Vital statistics of India. Vol. VI, European troops 1870-79
Year: 1870
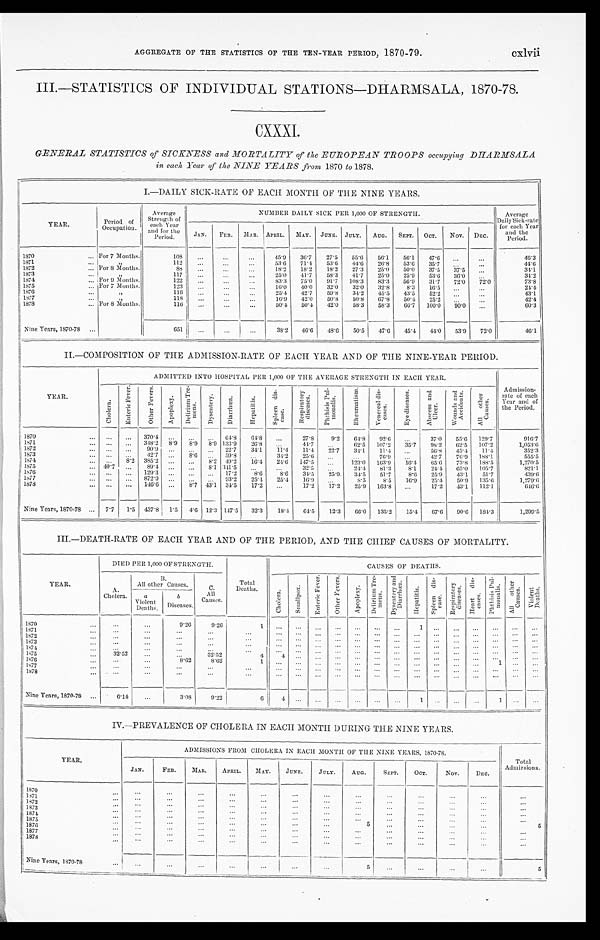
cxlvii
AGGREGATE OF THE STATISTICS OF THE TEN-YEAR PERIOD, 1870-79.
III.—STATISTICS OF INDIVIDUAL STATIONS—DHARMSALA, 1870-78.
CXXXI.
GENERAL STATISTICS of SICKNESS and MO RTALITY of the EUROPEAN TROOPS occupying DHARMSALA
in each Year of the NINE YEARS from 1870 to 1878.
I.—DAILY SICK-RATE OF EACH MONTH OF THE NINE YEARS.
YEAR.
Period of
Occupation.
Average
Strength of
each Year
and for the
Peri od.
NUMBER DAILY SICK PER 1,000 OF STRENGTH.
Average
Daily Sick-rate
for each Year
and the
Peri od.
JAN. FEB. MAR. APRIL.
M A Y . JUNE. JULY. AUG. SEPT. OCT. NOV. DEC.
1870
For 7 Months.
108
45.9 36.7 27.5 55.6 56.1 56.1 47.6
46. 3
1871
„
112
53.6 71.4 53.6 44.6 26.8 53.6 35.7
44. 6
1872
For 8 Months.
8 8
18.2 18.2 18.2 27.3 25.0 50.0 37.5 37.5
34. 1
1873
„
117
25.0 41.7 58.3 41.7 25.0 25.9 53.6 36.0
34.2
1874
For 9 Months.
122
83.3 75.0 91.7 108.3 83.3 56.9 31.7 72.0 72.0
73. 8
1875
For 7 Months.
123
16.0 40.0 32.0 32.0 32.8 8.3 16.5
24.4
1876
„
116
25.4 42.7 59.8 34.2
4 5 . 5
4 3 . 5 52.2
43.1
1877
„
118
16.9 42.0 50.8 50.8 67.8 50.4 25.2
42.4
1878
For 8 Months.
116
50.4 50.4 42.0 58.3 58.3 66.7 100.0
9 0 . 0
60.3
Ni ne Years, 1870-78
651
38.2 46.6 48.6 50.5 47.6 45.4 44.0 53.9 72.0
46.1
II—COMPOSITION OF THE ADMISSION-RATE OF EACH YEAR AND OF THE NINE-YEAR PERIOD.
YEAR.
ADMITTED INTO HOSPITAL PER 1,000 OF THE AVERAGE STRENGTH IN EACH YEAR.
Admission-
rate of each
Year and of
the Period.
C h o l e r a . E n t e r i c F e v e r . O t h e r F e v e r s .
A p o p l e x y . D e l i r i u m T r e -
m e n s .
D y s e n t e r y . D i a r r h œ a .
H e p a t i t i s .
S p l e e n d i s -
e a s e .
R e s p i r a t o r y
d i s e a s e s .
P h t h i s i s P u l -
m o n a l i s .
R h e u m a t i s m . V e n e r e a l d i s -
e a s e s .
E y e d i s e a s e s . A b s c e s s a n d
U l c e r .
W o u n d s a n d
A c c i d e n t s .
A l l o t h e r
C a u s e s .
1870
370.4
64.8 64.8
27.8 9.2 64.8 92.6
37.0 55.6 129.7
916.7
1871
348.2 8.9 8.9 8.9 133.9 26.8
44.7
62.5 107.2 35.7 98.2 62.5 107.2
1,053.6
1872
90.9
22.7 34.1 11.4 11.4 22.7 34.1 11.4
56.8 45.4 11.4
352.3
1873
42.7
8.6
59. 8
34.2 25.6
76.9
42.7 76.9 188.1
555.5
1 8 7 4
8.2 385.2
8.2 49. 2 16.4
2 4 . 6 147. 5
1 2 3 . 0 163.9
1 6 . 4 65.6 73.8 188.5
1,270.5
1875
40.7
89.4
8.1341.5
32.5
24.4
8 1 . 3 8.1 24.4 65.0 105.7
821.1
1876
129.3
17.2 8.6 8.6 34.5 25.9 34.5 51.7 8.6
2 5 . 9
4 3 . 1 51.7
439.6
1877
872.9
93.2 25.4 25.4 16.9
8 . 5 8.5 16.9 25.4 50.9 135.6
1,279.6
1878
146.6
8.7 43.1 34.5 17.2
17.2 17.2 25.9 163.8
17.2 43.1 112.1
646.6
Ni ne Years, 1870-78
7.7 1.5 437.8 1.5 4.6 12.3 147.5 32.3 18.4 64.5 12.3 66.0 135.2 15.4 67.6 90.6 184.3
1,299.5
III.—DEATH-RATE OF EACH YEAR AND OF THE PERIOD, AND THE CHIEF CAUSES OF MORTALITY.
YEAR.
DIED PER 1,000 OF STRENGTH.
Total
Deaths.
CAUSES OF DEATHS.
A.
Chol era.
B.
All other Causes.
C .
A l l
Causes.
C h o l e r a . S m a l l p o x . E n t e r i c F e v e r . O t h e r F e v e r s .
A p o p l e x y . D e l i r i u m T r e -
me n s . D y s e n t e r y a n d
D i a r r h œ a . H e p a t i t i s .
S p l e e n d i s -
e a s e .
R e s p i r a t o r y
d i s e a s e s .
H e a r t d i s -
eas es . P h t h i s i s P u l -
mo n a l i s .
A l l o t h e r
C a u s e s .
V i o l e n t
D e a t h s .
a
Violent Deaths.
b
Di seases.
1 8 7 0
9.26 9.26
1
1
1871 1872 1873 1874 1875
32.52
32.52
4
4
1876
8.62 8.62
1
1
1 8 7 7
1878
Ni ne Years, 1870-78
6.14
3.08 9.22
6
4
1
1
IV.—PREVALENCE OF CHOLERA IN EACH MONTH DURING THE NINE YEARS.
YEAR.
ADMISSIONS FROM CHOLERA IN EACH MONTH OF THE NINE YEARS, 1870-78.
Total
Admissions.
JAN. FEB. MAR. APRIL. MAY. JUNE. JULY. AUG. SEPT. OCT. NOV.
DEC.
1870
1 8 7 1
1 8 7 2
1 8 7 3
1 8 7 4
1 8 7 5
5
5
1 8 7 6
1 8 7 7
1 8 7 8
Nine Years, 1870-78
5
5